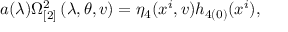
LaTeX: a ( \lambda ) \Omega _ { \lbrack 2 ] } ^ { 2 } \left( \lambda , \theta , v \right) = \eta _ { 4 } ( x ^ { i } , v ) h _ { 4 ( 0 ) } ( x ^ { i } ) ,